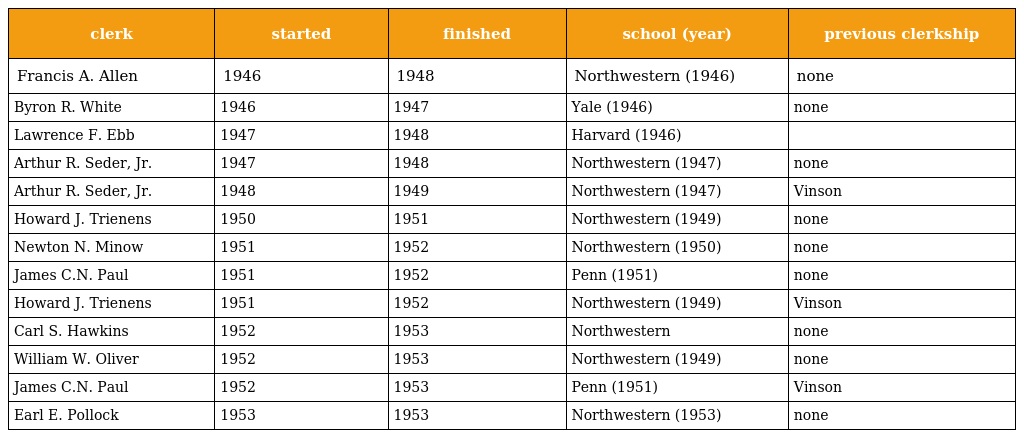
| clerk | started | finished | school (year) | previous clerkship |
 | --- | --- | --- | --- | --- |
 | Francis A. Allen | 1946 | 1948 | Northwestern (1946) | none |
 | Byron R. White | 1946 | 1947 | Yale (1946) | none |
 | Lawrence F. Ebb | 1947 | 1948 | Harvard (1946) |  |
 | Arthur R. Seder, Jr. | 1947 | 1948 | Northwestern (1947) | none |
 | Arthur R. Seder, Jr. | 1948 | 1949 | Northwestern (1947) | Vinson |
 | Howard J. Trienens | 1950 | 1951 | Northwestern (1949) | none |
 | Newton N. Minow | 1951 | 1952 | Northwestern (1950) | none |
 | James C.N. Paul | 1951 | 1952 | Penn (1951) | none |
 | Howard J. Trienens | 1951 | 1952 | Northwestern (1949) | Vinson |
 | Carl S. Hawkins | 1952 | 1953 | Northwestern | none |
 | William W. Oliver | 1952 | 1953 | Northwestern (1949) | none |
 | James C.N. Paul | 1952 | 1953 | Penn (1951) | Vinson |
 | Earl E. Pollock | 1953 | 1953 | Northwestern (1953) | none |